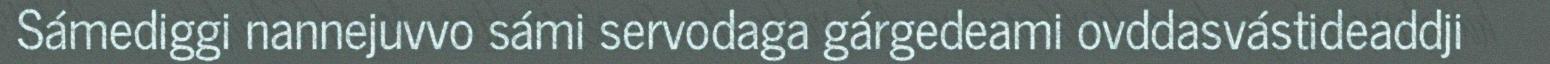
Sámediggi nannejuvvo sámi servodaga gárgedeami ovddasvástideaddji